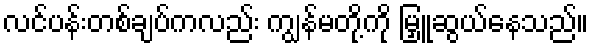
လင်ပန်းတစ်ချပ်ကလည်း ကျွန်မတို့ကို မြှူဆွယ်နေသည်။